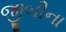
જીબીના